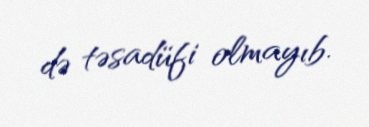
də təsadüfi olmayıb.